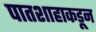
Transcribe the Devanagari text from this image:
पातशाहाकडून